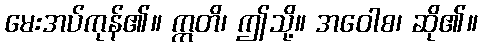
မေးအပ်ကုန်၏။ ဣတိ၊ ဤသို့။ အဝေါစ၊ ဆို၏။